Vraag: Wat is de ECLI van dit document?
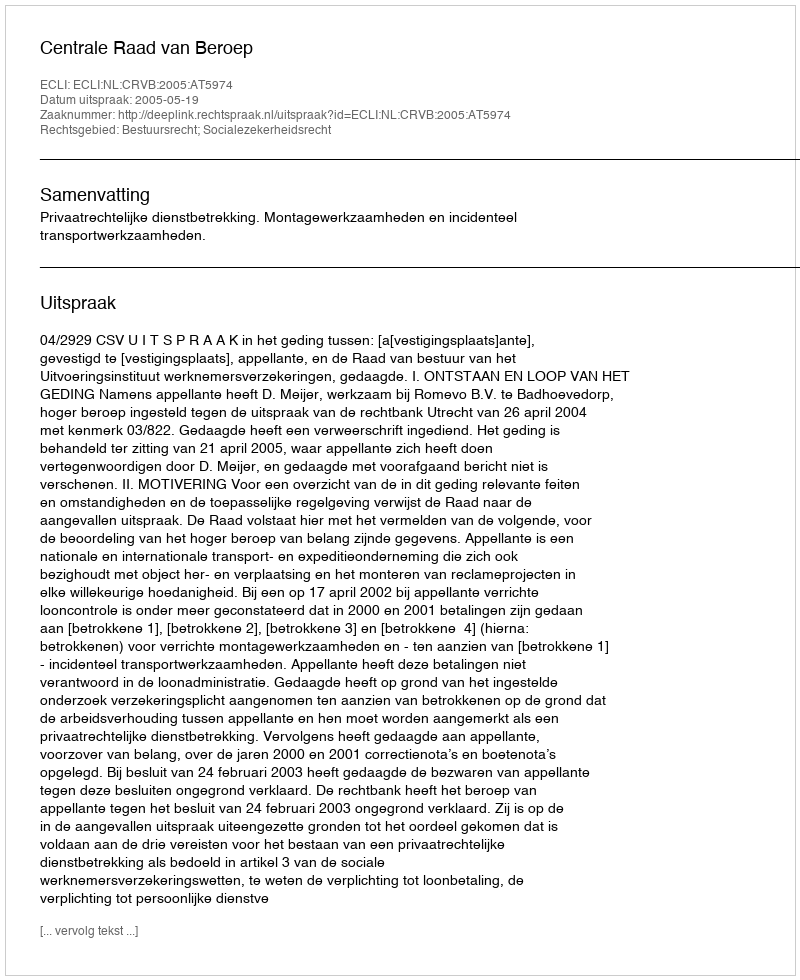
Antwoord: ECLI:NL:CRVB:2005:AT5974